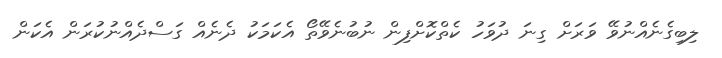
ލިބިގެނެއްނުވޭ ވަރަށް ގިނަ ދުވަހު ކެތްކޮށްފިން ނުބުނެވޭތޯ އެކަމަކު ދެނެއް ގަސްދެއްނުކުރަން އެކަން